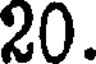
20.